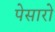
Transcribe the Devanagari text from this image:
पेसारो